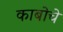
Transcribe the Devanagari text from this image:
काबोचे